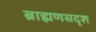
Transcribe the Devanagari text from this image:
ब्राह्मणसदृश